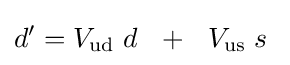
d'=V_{\mathrm {ud} }\;d~~+~~V_{\mathrm {us} }\;s~